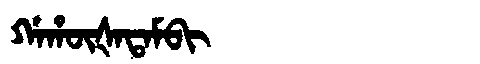
Manchu: ᡤᠠᡥᡡᡧᠠᡨᠠᠮᠪᡳ
Romanization: GAHŪŠATAMBI